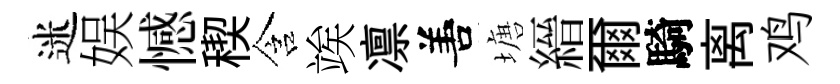
迷娱憾稧含竢凛𠵊塘縉爾騎离鸡